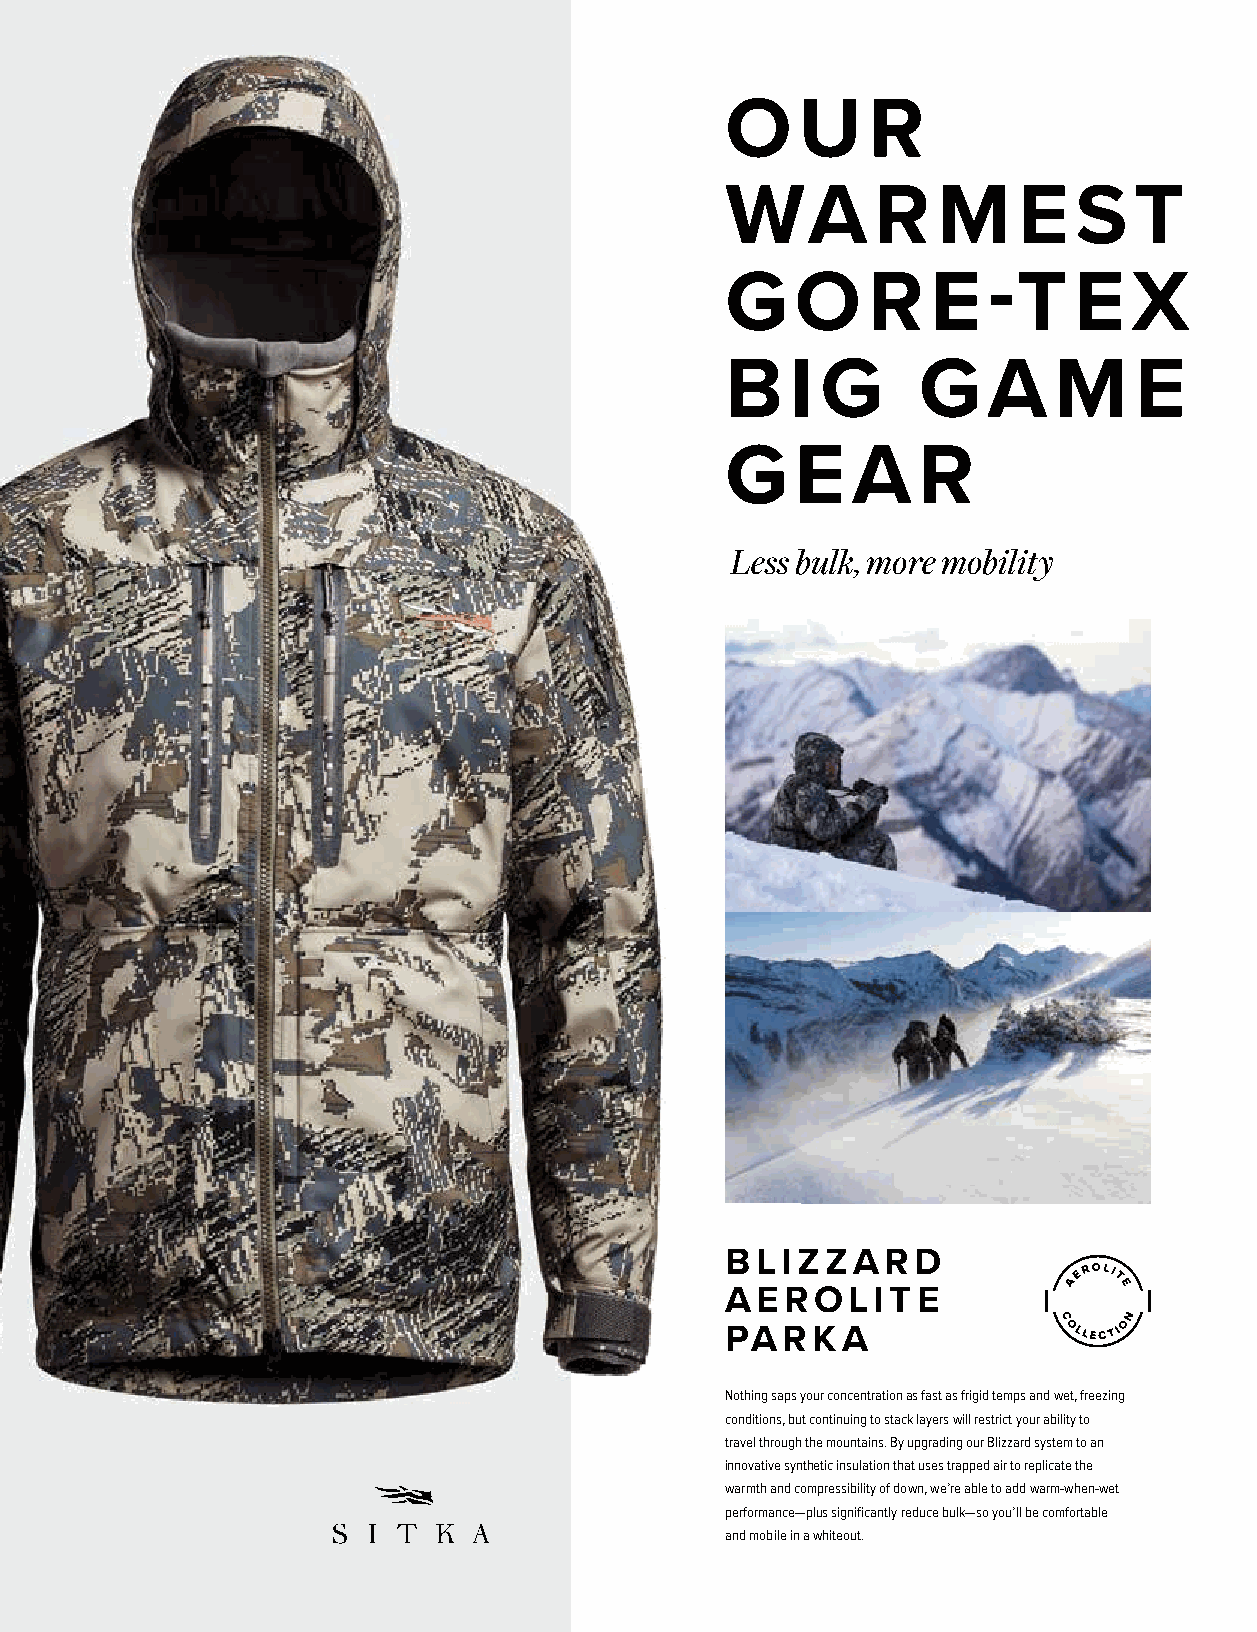
O    U   R
 800-338-3220 | HORNADY.COM
 WA        R   M    E   S   T                                 ®
 G    O   R    E  -T    E   X
 B   I G      G   A    M    E
 G    E  A    R
 Less bulk, more mobility
 !!!
 www
 eee
 NNN
 The new CX™ (Copper alloy eXpanding) is the most
 advanced monolithic hunting bullet on the market.
 MONOLITHIC COPPER ALLOY BULLET
 Highly accurate bullet retains 95% or more
 of its original weight for deep penetration.
 ADVANCED HEAT SHIELD® TIP
 Resists aerodynamic heating enabling consistently
 high ballistic coeffi cients for enhanced
 extended range terminal performance.
 OPTIMUM GROOVE GEOMETRY
 BLIZZARD                                          Maximizes aerodynamic performance while
 effectively reducing bearing surface and fouling.
 AEROLITE
 PARKA                                             NONTRADITIONAL OPTION FOR LARGE GAME
 Compatible in California and other areas
 that require nontraditional bullets.
 Nothing saps your concentration as fast as frigid temps and wet, freezing
 conditions, but continuing to stack layers will restrict your ability to
 travel through the mountains. By upgrading our Blizzard system to an
 innovative synthetic insulation that uses trapped air to replicate the
 AVAILABLE AS COMPONENT BULLETS
 warmth and compressibility of down, we’re able to add warm-when-wet OR FACTORY-LOADED AMMUNITION:
 performance—plus significantly reduce bulk—so you’ll be comfortable
 and mobile in a whiteout.